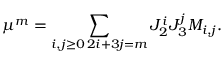
\mu ^ { m } = \sum _ { \substack { i , j \ge 0 \, 2 i + 3 j = m } } J _ { 2 } ^ { i } J _ { 3 } ^ { j } M _ { i , j } .